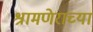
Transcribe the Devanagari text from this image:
श्रामणेराच्या